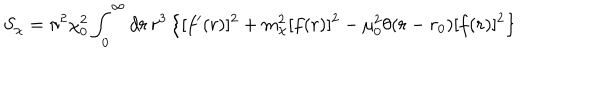
LaTeX: S _ { \chi } = \pi ^ { 2 } \chi _ { 0 } ^ { 2 } \int _ { 0 } ^ { \infty } d r \, r ^ { 3 } \left\{ [ f ^ { \prime } ( r ) ] ^ { 2 } + m _ { \chi } ^ { 2 } [ f ( r ) ] ^ { 2 } - \mu _ { 0 } ^ { 2 } \theta ( r - r _ { 0 } ) [ f ( r ) ] ^ { 2 } \right\}